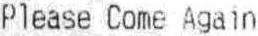
PLEASE COME AGAIN